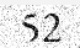
52